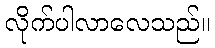
လိုက်ပါလာလေသည်။